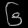
Digit: ၆